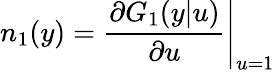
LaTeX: n_{1}(y)=\left.\frac{\partial G_{1}(y|u)}{\partial u}\right|_{u=1}